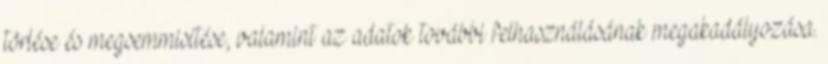
törlése és megsemmisítése, valamint az adatok további felhasználásának megakadályozása.